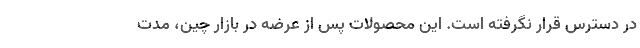
در دسترس قرار نگرفته است. این محصولات پس از عرضه در بازار چین، مدت